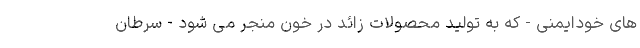
های خودایمنی - که به تولید محصولات زائد در خون منجر می شود - سرطان